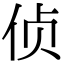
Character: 侦